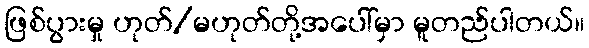
ဖြစ်ပွားမှု ဟုတ်/မဟုတ်တို့အပေါ်မှာ မူတည်ပါတယ်။